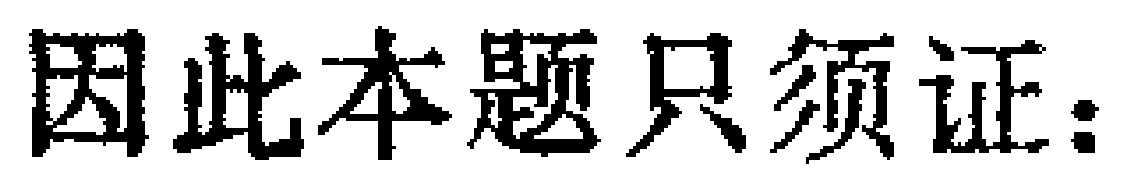
因此本题只须证：